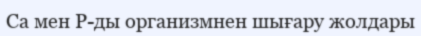
Са мен Р-ды организмнен шығару жолдары